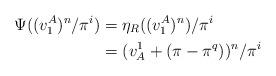
LaTeX: \begin{align*} \Psi( (v_1^A)^n/{\pi^i}) &= \eta_R( (v_1^A)^n)/{\pi^i} \\ &= (v^1_A + (\pi - \pi^q))^n/\pi^i\end{align*}